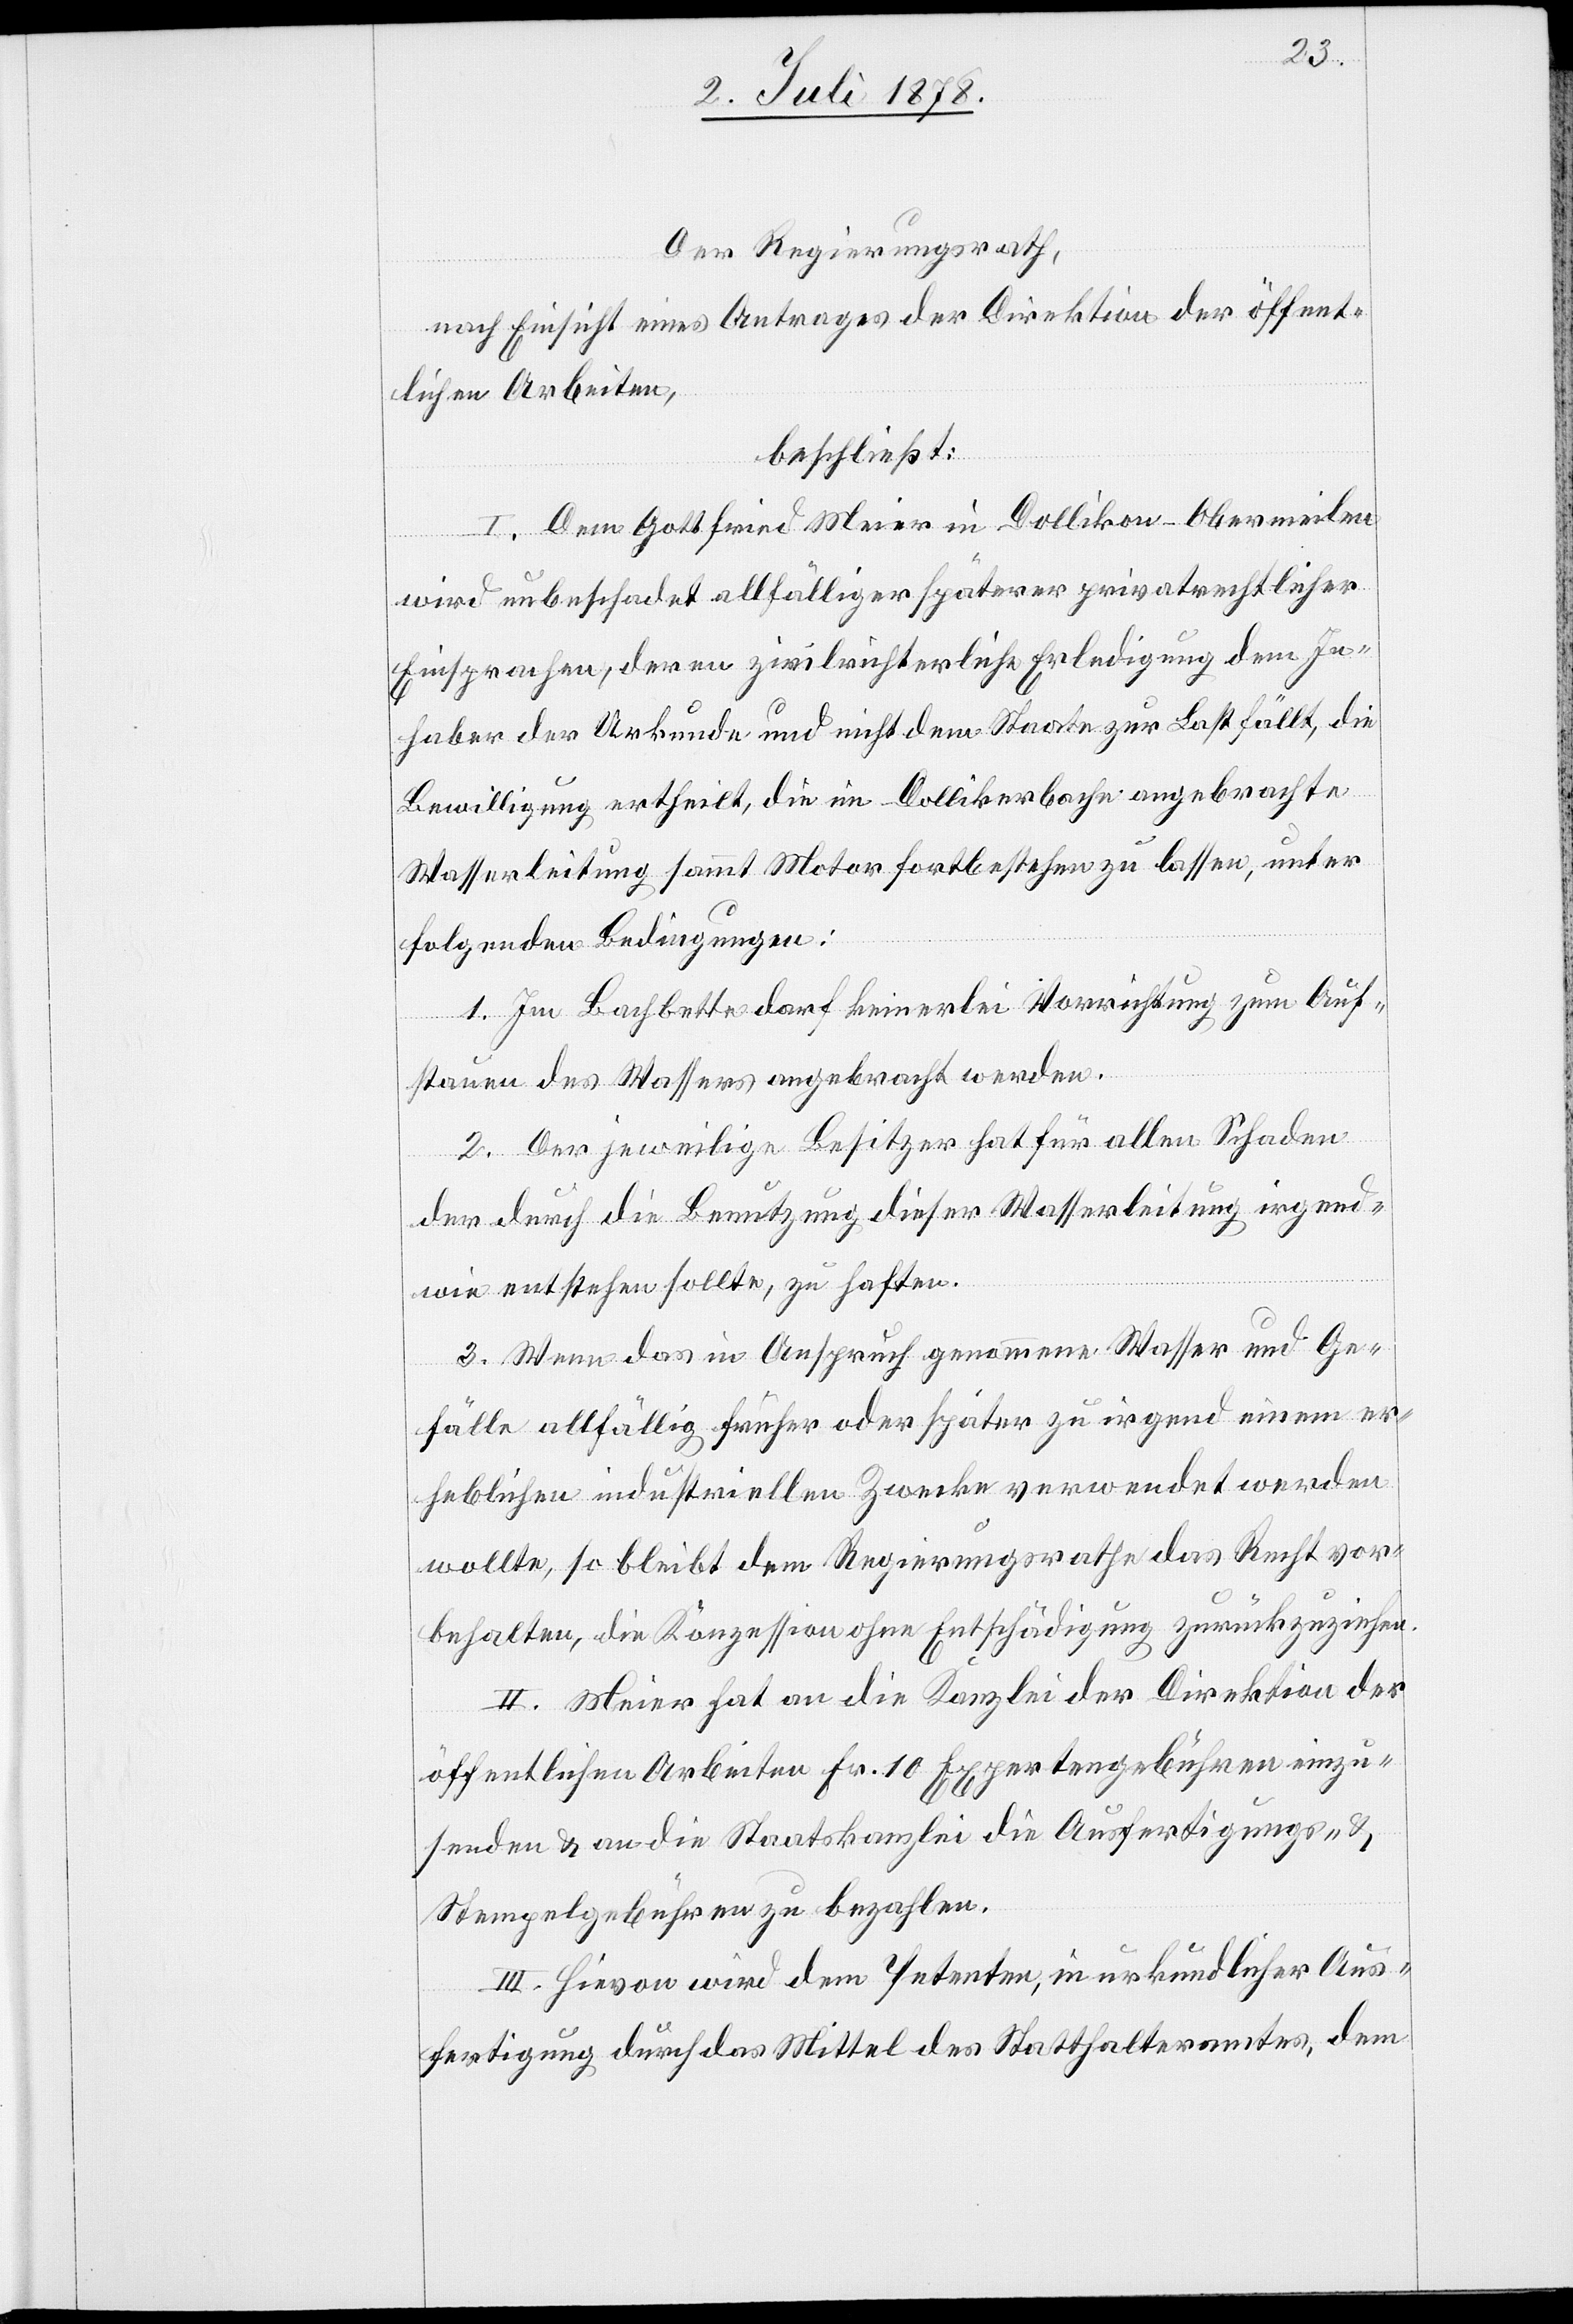
Der Regierungsrath,
nach Einsicht eines Antrages der Direktion der öffent¬
lichen Arbeiten,
beschließt:
I. Dem Gottfried Meier in Dollikon - Obermeilen
wird unbeschadet allfälliger späterer privatrechtlicher
Einsprachen, deren zivilrichterliche Erledigung dem In¬
haber der Urkunde und nicht dem Staate zur Last fällt, die
Bewilligung ertheilt, die im Dollikerbache angebrachte
Wasserleitung sammt Motor fortbestehen zu lassen, unter
folgenden Bedingungen:
1. Im Bachbette darf keinerlei Vorrichtung zum Auf¬
stauen des Wassers angebracht werden.
2. Der jeweilige Besitzer hat für allen Schaden
der durch die Benutzung dieser Wasserleitung irgend¬
wie entstehen sollte, zu haften.
3. Wenn das in Anspruch genommene Wasser und Ge¬
fälle allfällig früher oder später zu irgend einem er¬
heblichen industriellen Zwecke verwendet werden
wollte, so bleibt dem Regierungsrathe das Recht vor¬
behalten, die Konzession ohne Entschädigung zurückzuziehen.
II. Meier hat an die Kanzlei der Direktion der
öffentlichen Arbeiten Fr. 10 Expertengebühren einzu¬
senden & an die Staatskanzlei die Ausfertigungs- &
Stempelgebühren zu bezahlen.
III. Hievon wird dem Petenten, in urkundlicher Aus¬
fertigung durch das Mittel des Statthalteramtes, dem